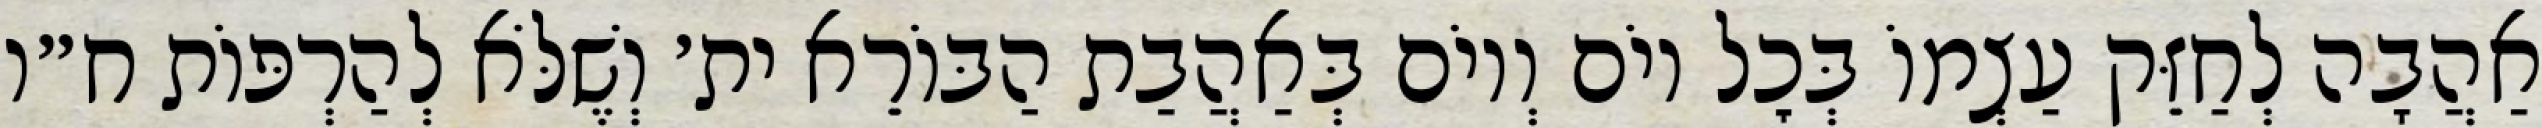
אַהֲבָה לְחַזֵּק עַצְמוֹ בְּכׇל יוֹם וְיוֹם בְּאַהֲבַת הַבּוֹרֵא ית׳ וְשֶׁלֹּא לְהַרְפּוֹת ח״ו